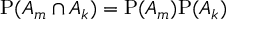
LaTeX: \mathrm { P } ( A _ { m } \cap A _ { k } ) = \mathrm { P } ( A _ { m } ) \mathrm { P } ( A _ { k } )